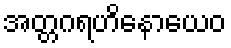
အတ္တဂရဟိနောယေဝ